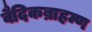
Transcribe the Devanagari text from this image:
वैदिकब्राहम्ण